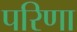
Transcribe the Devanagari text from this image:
परिणा